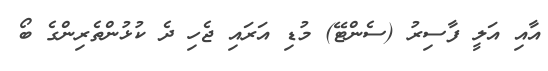
އާއި އަލީ ފާސިރު (ސެންޓޭ) މުޑި އަރައި ޖެހި ދެ ކުޅުންތެރިންގެ ބޯ